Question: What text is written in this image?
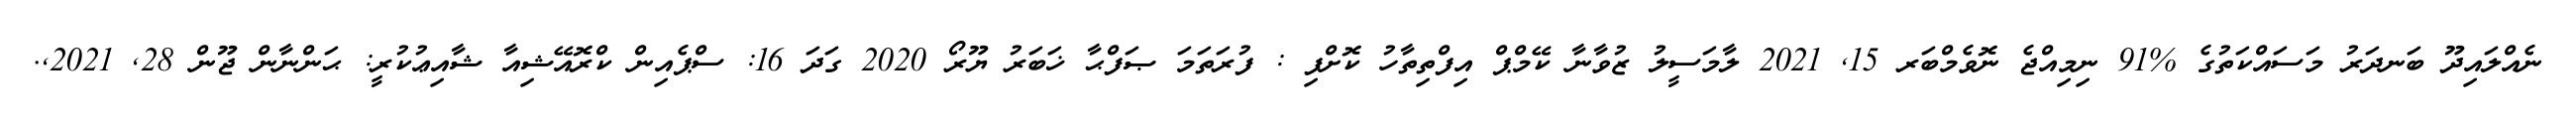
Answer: ނެއްލައިދޫ ބަނދަރު މަސައްކަތުގެ %91 ނިމިއްޖެ ނޮވެމްބަރ 15, 2021 ލާމަސީލު ޒުވާނާ ކޭމްޕް އިފްތިތާހު ކޮށްފި : ފުރަތަމަ ޞަފްޙާ ޚަބަރު ޔޫރޯ 2020 ގަދަ 16: ސްޕެއިން ކްރޮއޭޝިއާ ޝާއިޢުކުރީ: ޙަންނާން ޖޫން 28, 2021,.